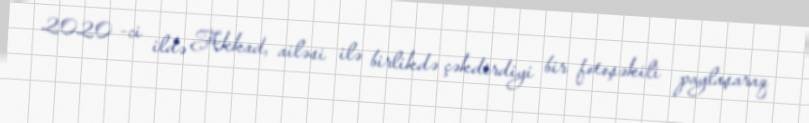
2020 -ci ildə Akkad, ailəsi ilə birlikdə çəkdirdiyi bir fotoşəkili paylaşaraq